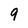
Character: 9